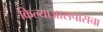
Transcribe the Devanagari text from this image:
किल्याआसपासचा